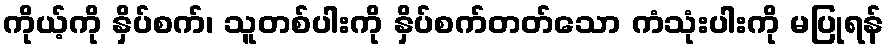
ကိုယ့်ကို နှိပ်စက်၊ သူတစ်ပါးကို နှိပ်စက်တတ်သော ကံသုံးပါးကို မပြုရန်